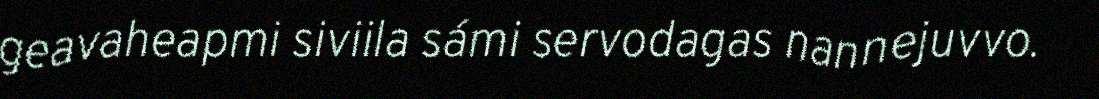
geavaheapmi siviila sámi servodagas nannejuvvo.